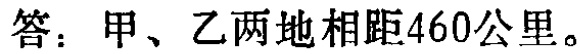
答：甲、乙两地相距460公里。